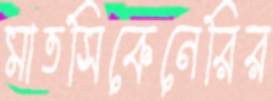
মাতসিকেনেরির